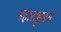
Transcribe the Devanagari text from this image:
महाराष्ट्र्मधे